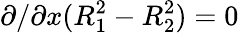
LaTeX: \partial/\partial x(R_{1}^{2}-R_{2}^{2})=0